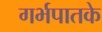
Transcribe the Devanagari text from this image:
गर्भपातके